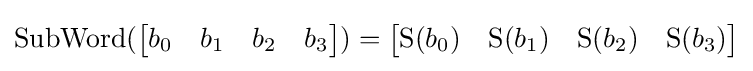
\operatorname {SubWord} ({\begin{bmatrix}b_{0}&b_{1}&b_{2}&b_{3}\end{bmatrix}})={\begin{bmatrix}\operatorname {S} (b_{0})&\operatorname {S} (b_{1})&\operatorname {S} (b_{2})&\operatorname {S} (b_{3})\end{bmatrix}}